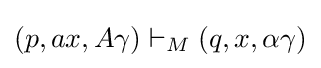
(p,ax,A\gamma )\vdash _{M}(q,x,\alpha \gamma )